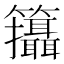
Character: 𥸓